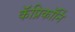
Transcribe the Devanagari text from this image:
कॅप्रिकॉर्नि